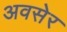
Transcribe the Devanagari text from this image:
अवसेर